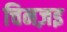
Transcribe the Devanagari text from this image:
चिनज़इ